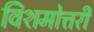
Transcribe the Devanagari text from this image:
विशमोत्तरी